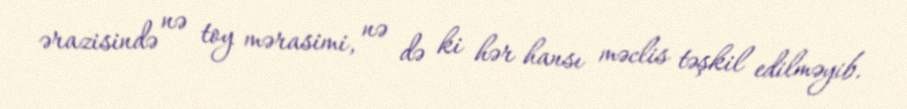
ərazisində nə toy mərasimi, nə də ki hər hansı məclis təşkil edilməyib.